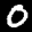
Label: 0